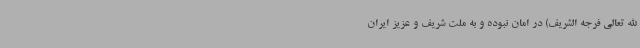
الله تعالی فرجه الشریف) در امان نبوده و به ملت شریف و عزیز ایران